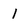
Character: 1